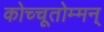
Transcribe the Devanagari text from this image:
कोच्चूतोम्मन्